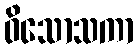
ဝိသောသကာ